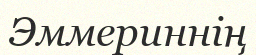
Эммериннің